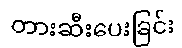
တားဆီးပေးခြင်း